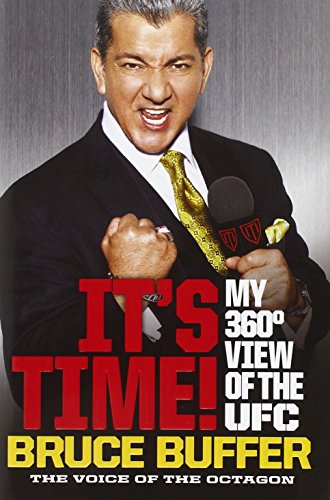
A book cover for It's Time!: My 360-Degree View of the UFC; Bruce Buffer; Sports & Outdoors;